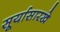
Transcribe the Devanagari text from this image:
सूर्यासारखे